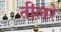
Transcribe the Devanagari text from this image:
तीलरे